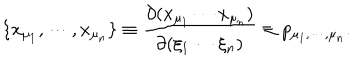
LaTeX: \{ x _ { \mu _ { 1 } } , \cdots , x _ { \mu _ { n } } \} \equiv \frac { \partial ( x _ { \mu _ { 1 } } \cdots x _ { \mu _ { n } } ) } { \partial ( \xi _ { 1 } \cdots \xi _ { n } ) } \equiv p _ { \mu _ { 1 } , \cdots , \mu _ { n } } .